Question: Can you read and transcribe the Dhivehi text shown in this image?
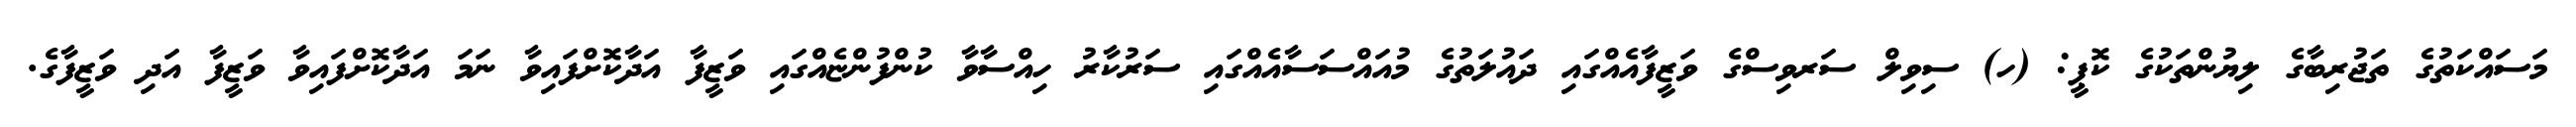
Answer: މަސައްކަތުގެ ތަޖުރިބާގެ ލިޔުންތަކުގެ ކޮޕީ: (ހ) ސިވިލް ސަރވިސްގެ ވަޒީފާއެއްގައި ދައުލަތުގެ މުއައްސަސާއެއްގައި ސަރުކާރު ހިއްސާވާ ކުންފުންޏެއްގައި ވަޒީފާ އަދާކޮށްފައިވާ ނަމަ އަދާކޮށްފައިވާ ވަޒީފާ އަދި ވަޒީފާގެ.